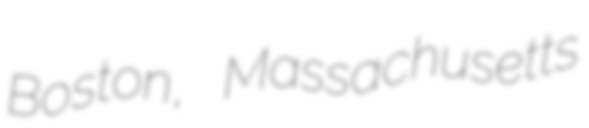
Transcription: Boston, Massachusetts